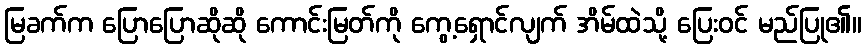
မြခက်က ပြောပြောဆိုဆို ကောင်းမြတ်ကို ကွေ့ရှောင်လျက် အိမ်ထဲသို့ ပြေးဝင် မည်ပြု၏။